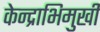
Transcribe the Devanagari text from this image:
केन्द्राभिमुखी